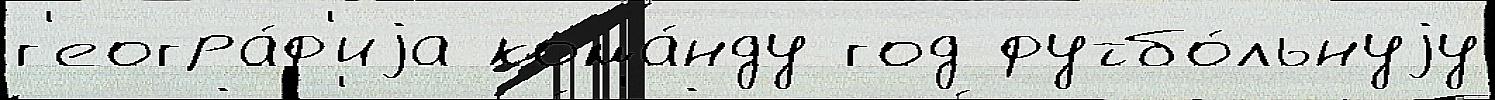
г'еогра́ф'иjа кома́нду год футбо́льнуjу